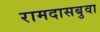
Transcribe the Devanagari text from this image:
रामदासबुवा